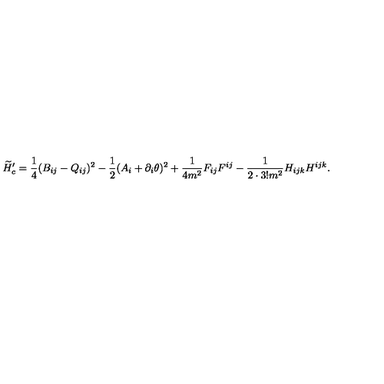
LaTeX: \widetilde { H } _ { c } ^ { \prime } = \frac { 1 } { 4 } ( B _ { i j } - Q _ { i j } ) ^ { 2 } - \frac { 1 } { 2 } ( A _ { i } + \partial _ { i } \theta ) ^ { 2 } + \frac { 1 } { 4 m ^ { 2 } } F _ { i j } F ^ { i j } - \frac { 1 } { 2 \cdot 3 ! m ^ { 2 } } H _ { i j k } H ^ { i j k } .